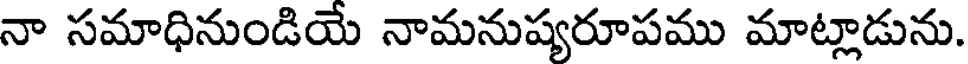
నా సమాధినుండియే నామనుష్యరూపము మాట్లాడును.